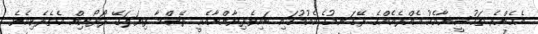
އެހެންވެ ތަހުސީނާއެކު އެއްރެއެއްގެ ރޭގަނޑުގެ ކެއުމުގައި ބައިވެރިވާންށާއެކީ ރޭޝްމާ ފިޔަލަގޭ ދޯރޯށިން އެތެރެވިއެވެ.